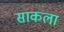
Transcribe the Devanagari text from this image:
साकला